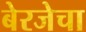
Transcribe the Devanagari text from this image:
बेरजेचा